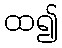
ထ၍